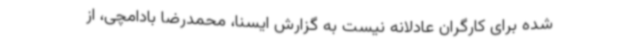
شده برای کارگران عادلانه نیست به گزارش ایسنا، محمدرضا بادامچی، از